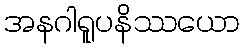
အနဂါရူပနိဿယော